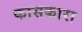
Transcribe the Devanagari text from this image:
कासकारा